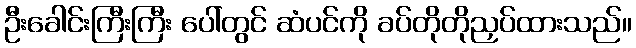
ဦးခေါင်းကြီးကြီး ပေါ်တွင် ဆံပင်ကို ခပ်တိုတိုညှပ်ထားသည်။